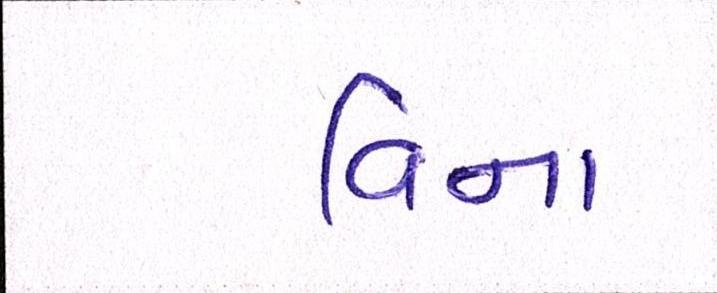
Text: વિના